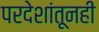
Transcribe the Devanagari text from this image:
परदेशांतूनही